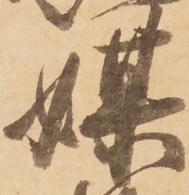
媒